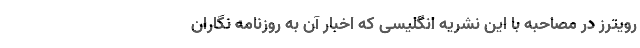
رویترز در مصاحبه با این نشریه انگلیسی که اخبار آن به روزنامه نگاران